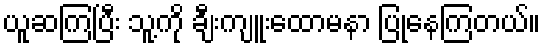
ယူဆကြပြီး သူ့ကို ချီးကျူးထောမနာ ပြုနေကြတယ်။